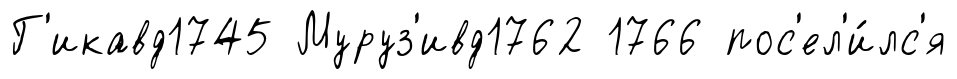
Г'икавд1745 Муруз'ивд1762 1766 пос'ел'и́лс'я